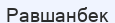
Равшанбек